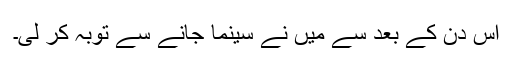
اس دن کے بعد سے میں نے سینما جانے سے توبہ کر لی۔